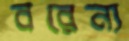
বরেন্য